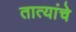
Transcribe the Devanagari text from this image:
तात्यांचे